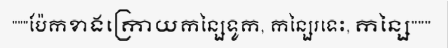
"""ប៉ែកខាងក្រោយកន្សៃទូក, កន្សៃរទេះ, កន្សៃ"""